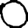
Digit: 0